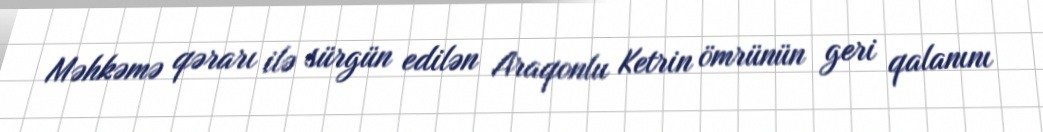
Məhkəmə qərarı ilə sürgün edilən Araqonlu Ketrin ömrünün geri qalanını